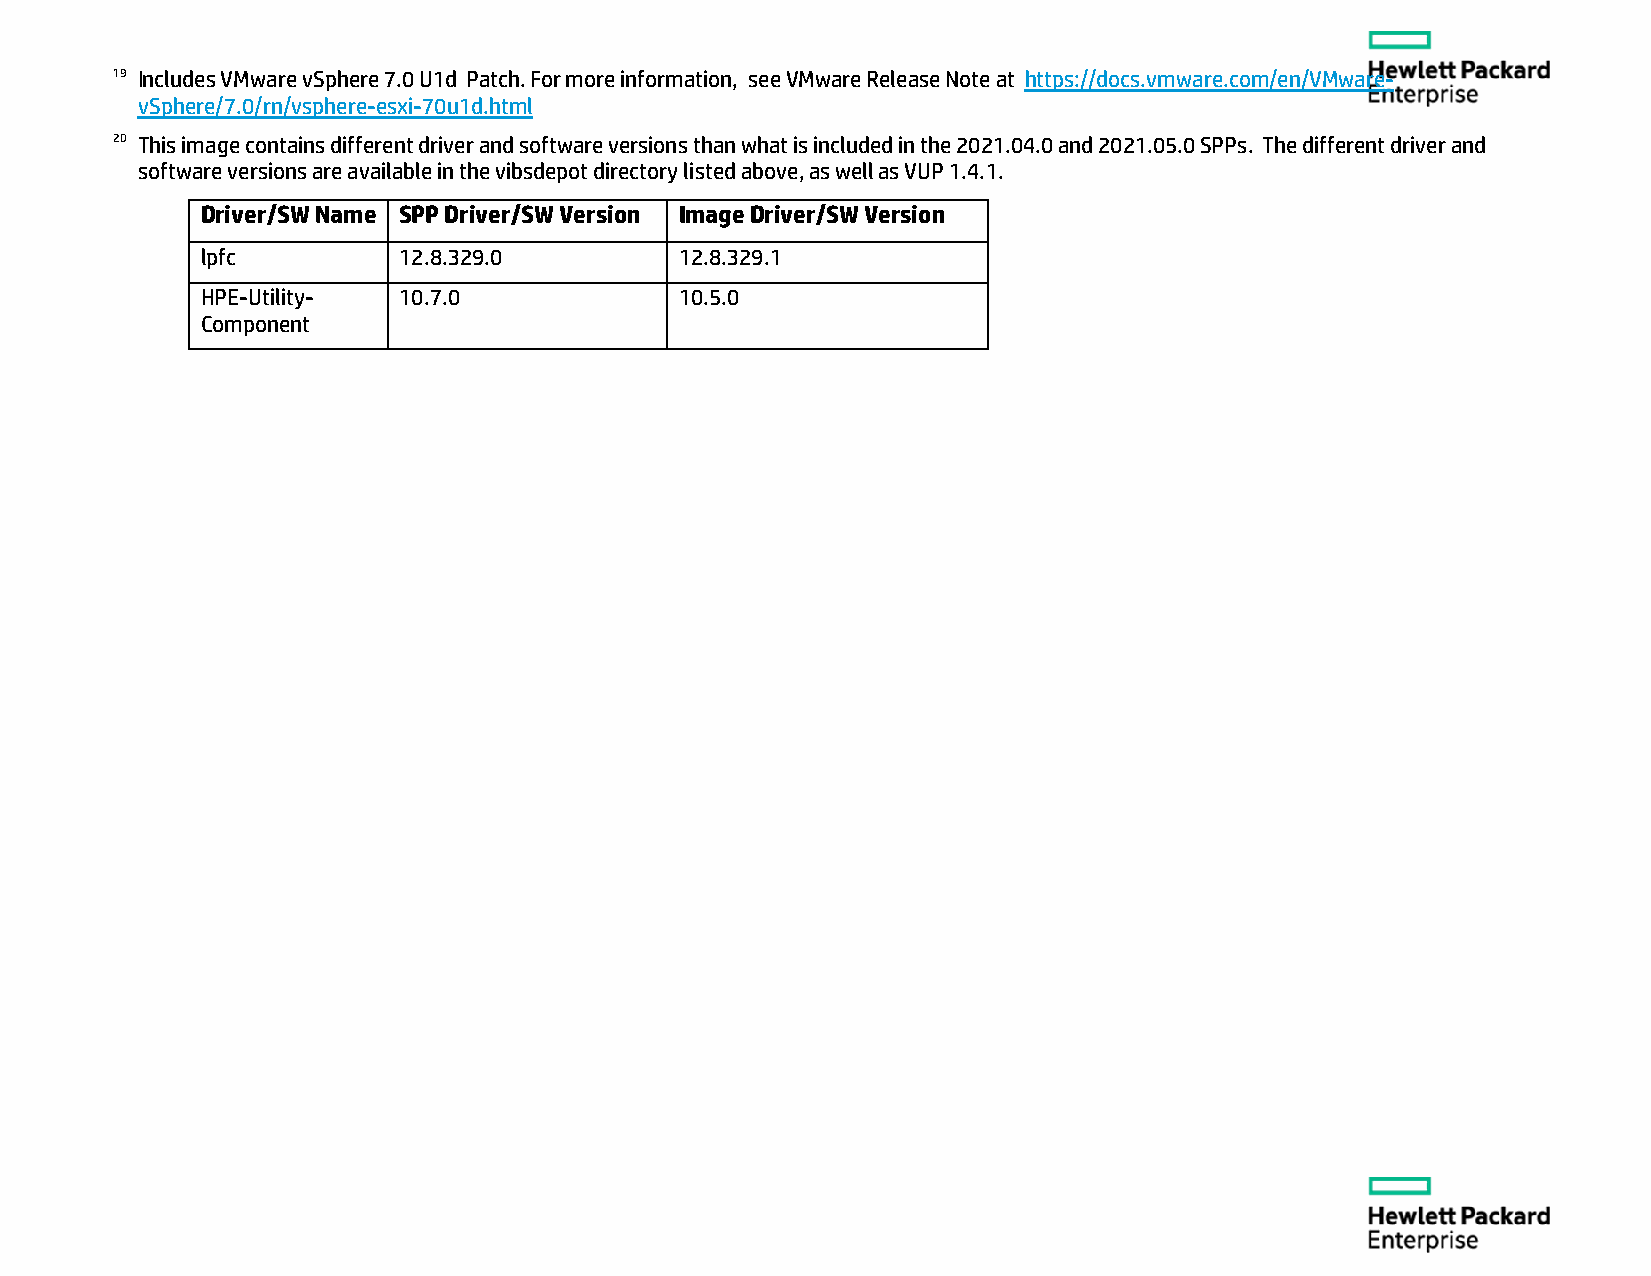
19 Includes VMware vSphere 7.0 U1d Patch. For more information, see VMware Release Note at https://docs.vmware.com/en/VMware-
 vSphere/7.0/rn/vsphere-esxi-70u1d.html
 20 This image contains different driver and software versions than what is included in the 2021.04.0 and 2021.05.0 SPPs. The different driver and
 software versions are available in the vibsdepot directory listed above, as well as VUP 1.4.1.
 Driver/SW Name SPP Driver/SW Version Image Driver/SW Version
 lpfc         12.8.329.0         12.8.329.1
 HPE-Utility- 10.7.0             10.5.0
 Component